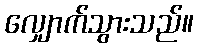
လျှောက်သွားသည်။